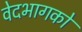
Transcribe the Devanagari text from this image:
वेदभागको